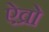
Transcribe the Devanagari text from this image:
ऐव्रो